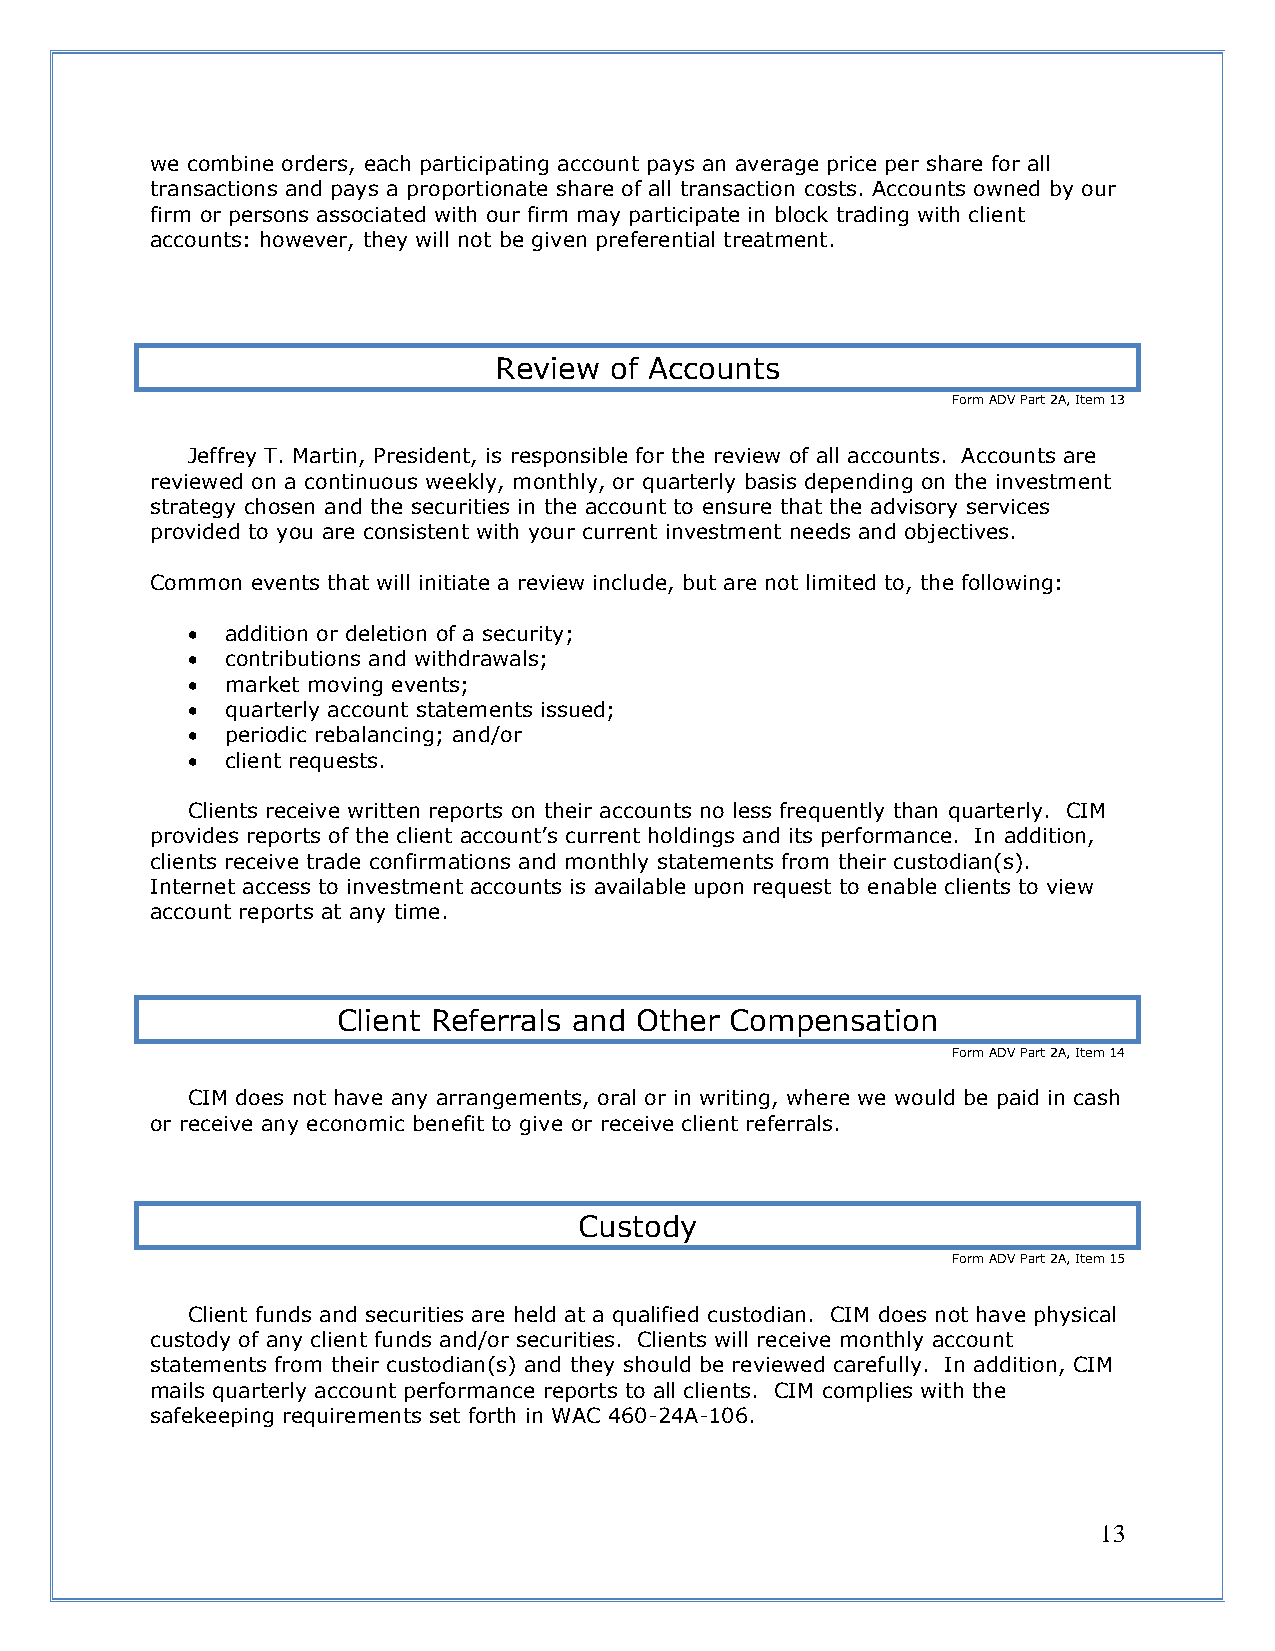
we combine orders, each participating account pays an average price per share for all
 transactions and pays a proportionate share of all transaction costs. Accounts owned by our
 firm or persons associated with our firm may participate in block trading with client
 accounts: however, they will not be given preferential treatment.
 Review of Accounts
 Form ADV Part 2A, Item 13
 Jeffrey T. Martin, President, is responsible for the review of all accounts. Accounts are
 reviewed on a continuous weekly, monthly, or quarterly basis depending on the investment
 strategy chosen and the securities in the account to ensure that the advisory services
 provided to you are consistent with your current investment needs and objectives.
 Common events that will initiate a review include, but are not limited to, the following:
 •  addition or deletion of a security;
 •  contributions and withdrawals;
 •  market moving events;
 •  quarterly account statements issued;
 •  periodic rebalancing; and/or
 •  client requests.
 Clients receive written reports on their accounts no less frequently than quarterly. CIM
 provides reports of the client account’s current holdings and its performance. In addition,
 clients receive trade confirmations and monthly statements from their custodian(s).
 Internet access to investment accounts is available upon request to enable clients to view
 account reports at any time.
 Client Referrals and Other Compensation
 Form ADV Part 2A, Item 14
 CIM does not have any arrangements, oral or in writing, where we would be paid in cash
 or receive any economic benefit to give or receive client referrals.
 Custody
 Form ADV Part 2A, Item 15
 Client funds and securities are held at a qualified custodian. CIM does not have physical
 custody of any client funds and/or securities. Clients will receive monthly account
 statements from their custodian(s) and they should be reviewed carefully. In addition, CIM
 mails quarterly account performance reports to all clients. CIM complies with the
 safekeeping requirements set forth in WAC 460-24A-106.
 13